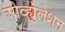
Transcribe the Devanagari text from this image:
ओव्ह्युलेशन